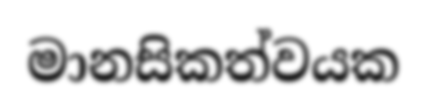
මානසිකත්වයක